Indian journal of veterinary science and animal husbandry - Volume 10,
Year: 1940
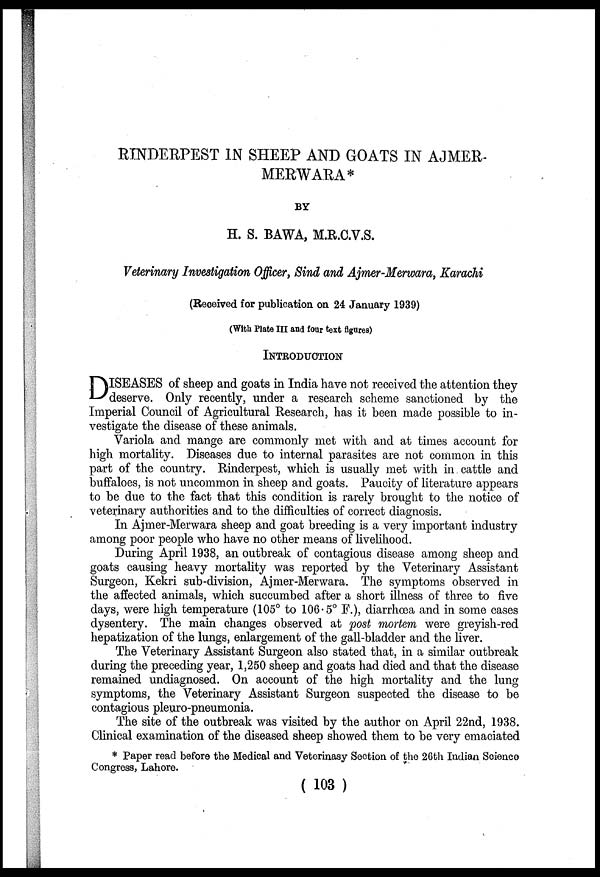
RINDERPEST IN SHEEP AND GOATS IN AJMER-
MERWARA*
BY
H. S. BAWA, M.R.C.V.S.
Veterinary Investigation Officer, Sind and Ajmer-Merwara, Karachi
(Received for publication on 24 January 1939)
(With Plate III and four text figures)
INTRODUCTION
D ISEASES of sheep and goats in India have not received the attention they
deserve. Only recently, under a research scheme sanctioned by the
Imperial Council of Agricultural Research, has it been made possible to in-
vestigate the disease of these animals.
Variola and mange are commonly met with and at times account for
high mortality. Diseases due to internal parasites are not common in this
part of the country. Rinderpest, which is usually met with in cattle and
buffaloes, is not uncommon in sheep and goats. Paucity of literature appears
to be due to the fact that this condition is rarely brought to the notice of
veterinary authorities and to the difficulties of correct diagnosis.
In Ajmer-Merwara sheep and goat breeding is a very important industry
among poor people who have no other means of livelihood.
During April 1938, an outbreak of contagious disease among sheep and
goats causing heavy mortality was reported by the Veterinary Assistant
Surgeon, Kekri sub-division, Ajmer-Merwara. The symptoms observed in
the affected animals, which succumbed after a short illness of three to five
days, were high temperature (105° to 106 .5° F.), diarrhœa and in some cases
dysentery. The main changes observed at post mortem were greyish-red
hepatization of the lungs, enlargement of the gall-bladder and the liver.
The Veterinary Assistant Surgeon also stated that, in a similar outbreak
during the preceding year, 1,250 sheep and goats had died and that the disease
remained undiagnosed. On account of the high mortality and the lung
symptoms, the Veterinary Assistant Surgeon suspected the disease to be
contagious pleuro-pneumonia.
The site of the outbreak was visited by the author on April 22nd, 1938.
Clinical examination of the diseased sheep showed them to be very emaciated
* Paper read before the Medical and Veterinasy Section of the 26th Indian Science
Congress, Lahore.
( 103 )